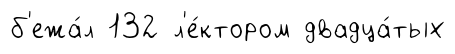
б'ежа́л 132 л'е́ктором двадца́тых